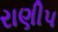
રાણીપ